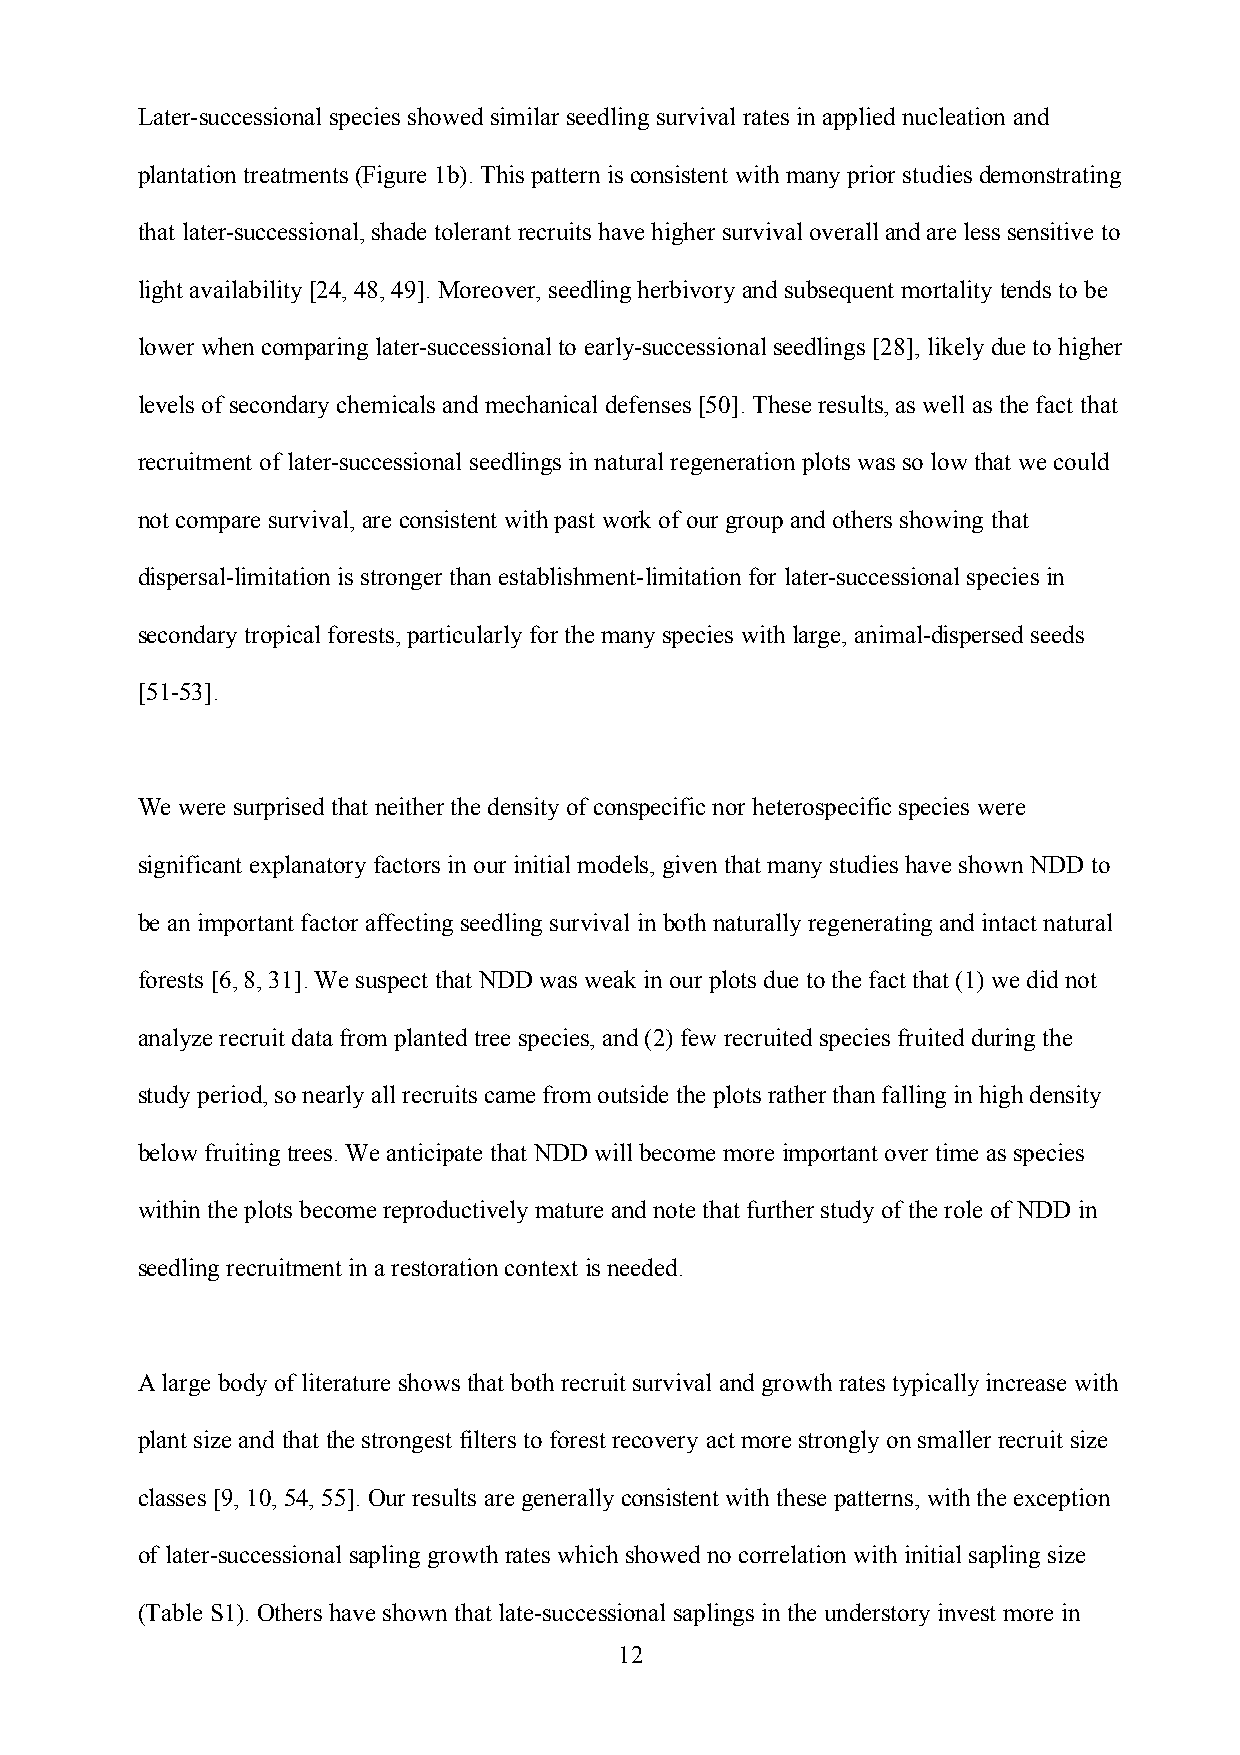
Later-successional species showed similar seedling survival rates in applied nucleation and
 plantation treatments (Figure 1b). This pattern is consistent with many prior studies demonstrating
 that later-successional, shade tolerant recruits have higher survival overall and are less sensitive to
 light availability [24, 48, 49]. Moreover, seedling herbivory and subsequent mortality tends to be
 lower when comparing later-successional to early-successional seedlings [28], likely due to higher
 levels of secondary chemicals and mechanical defenses [50]. These results, as well as the fact that
 recruitment of later-successional seedlings in natural regeneration plots was so low that we could
 not compare survival, are consistent with past work of our group and others showing that
 dispersal-limitation is stronger than establishment-limitation for later-successional species in
 secondary tropical forests, particularly for the many species with large, animal-dispersed seeds
 [51-53].
 We were surprised that neither the density of conspecific nor heterospecific species were
 significant explanatory factors in our initial models, given that many studies have shown NDD to
 be an important factor affecting seedling survival in both naturally regenerating and intact natural
 forests [6, 8, 31]. We suspect that NDD was weak in our plots due to the fact that (1) we did not
 analyze recruit data from planted tree species, and (2) few recruited species fruited during the
 study period, so nearly all recruits came from outside the plots rather than falling in high density
 below fruiting trees. We anticipate that NDD will become more important over time as species
 within the plots become reproductively mature and note that further study of the role of NDD in
 seedling recruitment in a restoration context is needed.
 A large body of literature shows that both recruit survival and growth rates typically increase with
 plant size and that the strongest filters to forest recovery act more strongly on smaller recruit size
 classes [9, 10, 54, 55]. Our results are generally consistent with these patterns, with the exception
 of later-successional sapling growth rates which showed no correlation with initial sapling size
 (Table S1). Others have shown that late-successional saplings in the understory invest more in
 12